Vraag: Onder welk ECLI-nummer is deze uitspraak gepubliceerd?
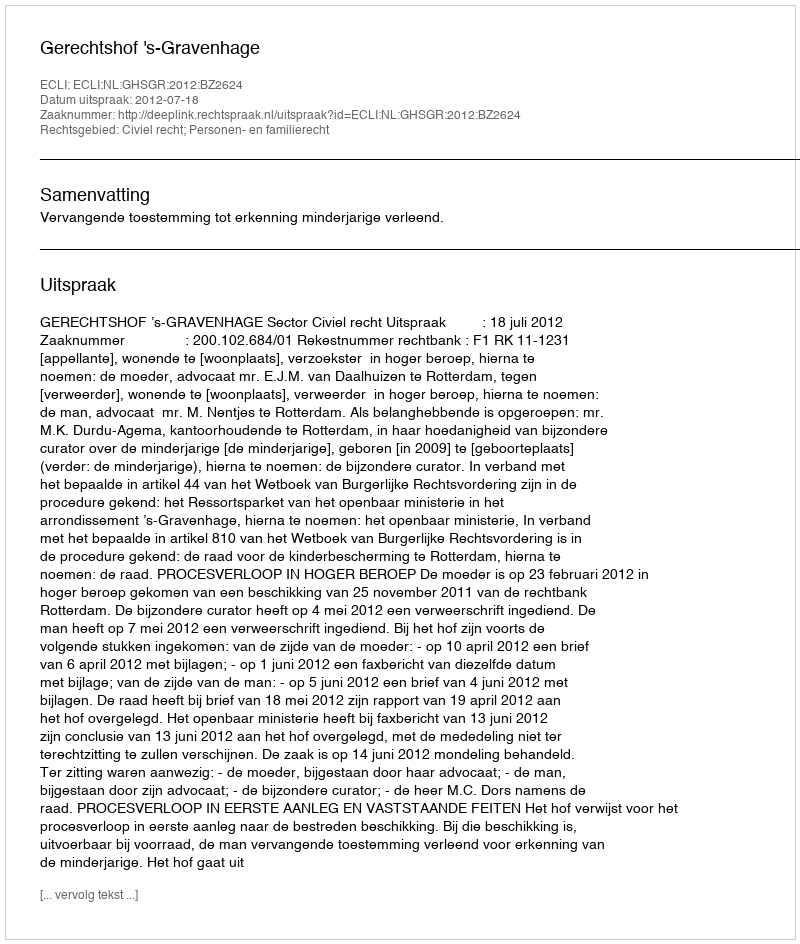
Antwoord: ECLI:NL:GHSGR:2012:BZ2624